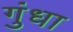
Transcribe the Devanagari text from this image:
गुंधा